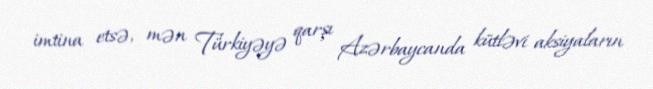
imtina etsə, mən Türkiyəyə qarşı Azərbaycanda kütləvi aksiyaların